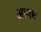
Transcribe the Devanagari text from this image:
आगष्ट